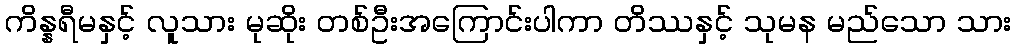
ကိန္နရီမနှင့် လူသား မုဆိုး တစ်ဦးအကြောင်းပါကာ တိဿနှင့် သုမန မည်သော သား